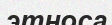
этноса